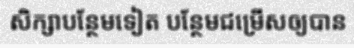
សិក្សាបន្ថែមទៀត បន្ថែមជម្រើសឲ្យបាន